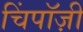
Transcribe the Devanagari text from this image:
चिंपाॅज़ी